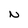
Character: N